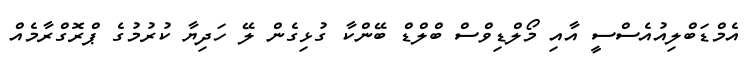
އެމްޑަބްލިއުއެސްސީ އާއި މޯލްޑިވްސް ބްލްޑް ބޭންކާ ގުޅިގެން ލޭ ހަދިޔާ ކުރުމުގެ ޕްރޮގްރާމެއް